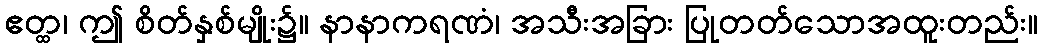
ဧတ္ထ၊ ဤ စိတ်နှစ်မျိုး၌။ နာနာကရဏံ၊ အသီးအခြား ပြုတတ်သောအထူးတည်း။